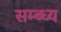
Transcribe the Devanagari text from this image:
सम्ब्ध्य